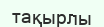
тақырлы